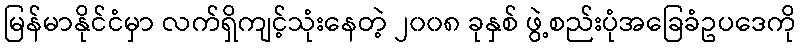
မြန်မာနိုင်ငံမှာ လက်ရှိကျင့်သုံးနေတဲ့ ၂၀၀၈ ခုနှစ် ဖွဲ့စည်းပုံအခြေခံဥပဒေကို